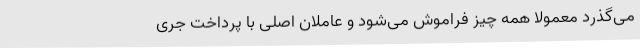
می‌گذرد معمولاً همه چیز فراموش می‌شود و عاملان اصلی با پرداخت جری